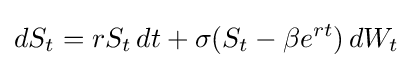
dS_{t}=rS_{t}\,dt+\sigma (S_{t}-\beta e^{rt})\,dW_{t}